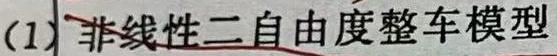
(1) 非线性二自由度整车模型